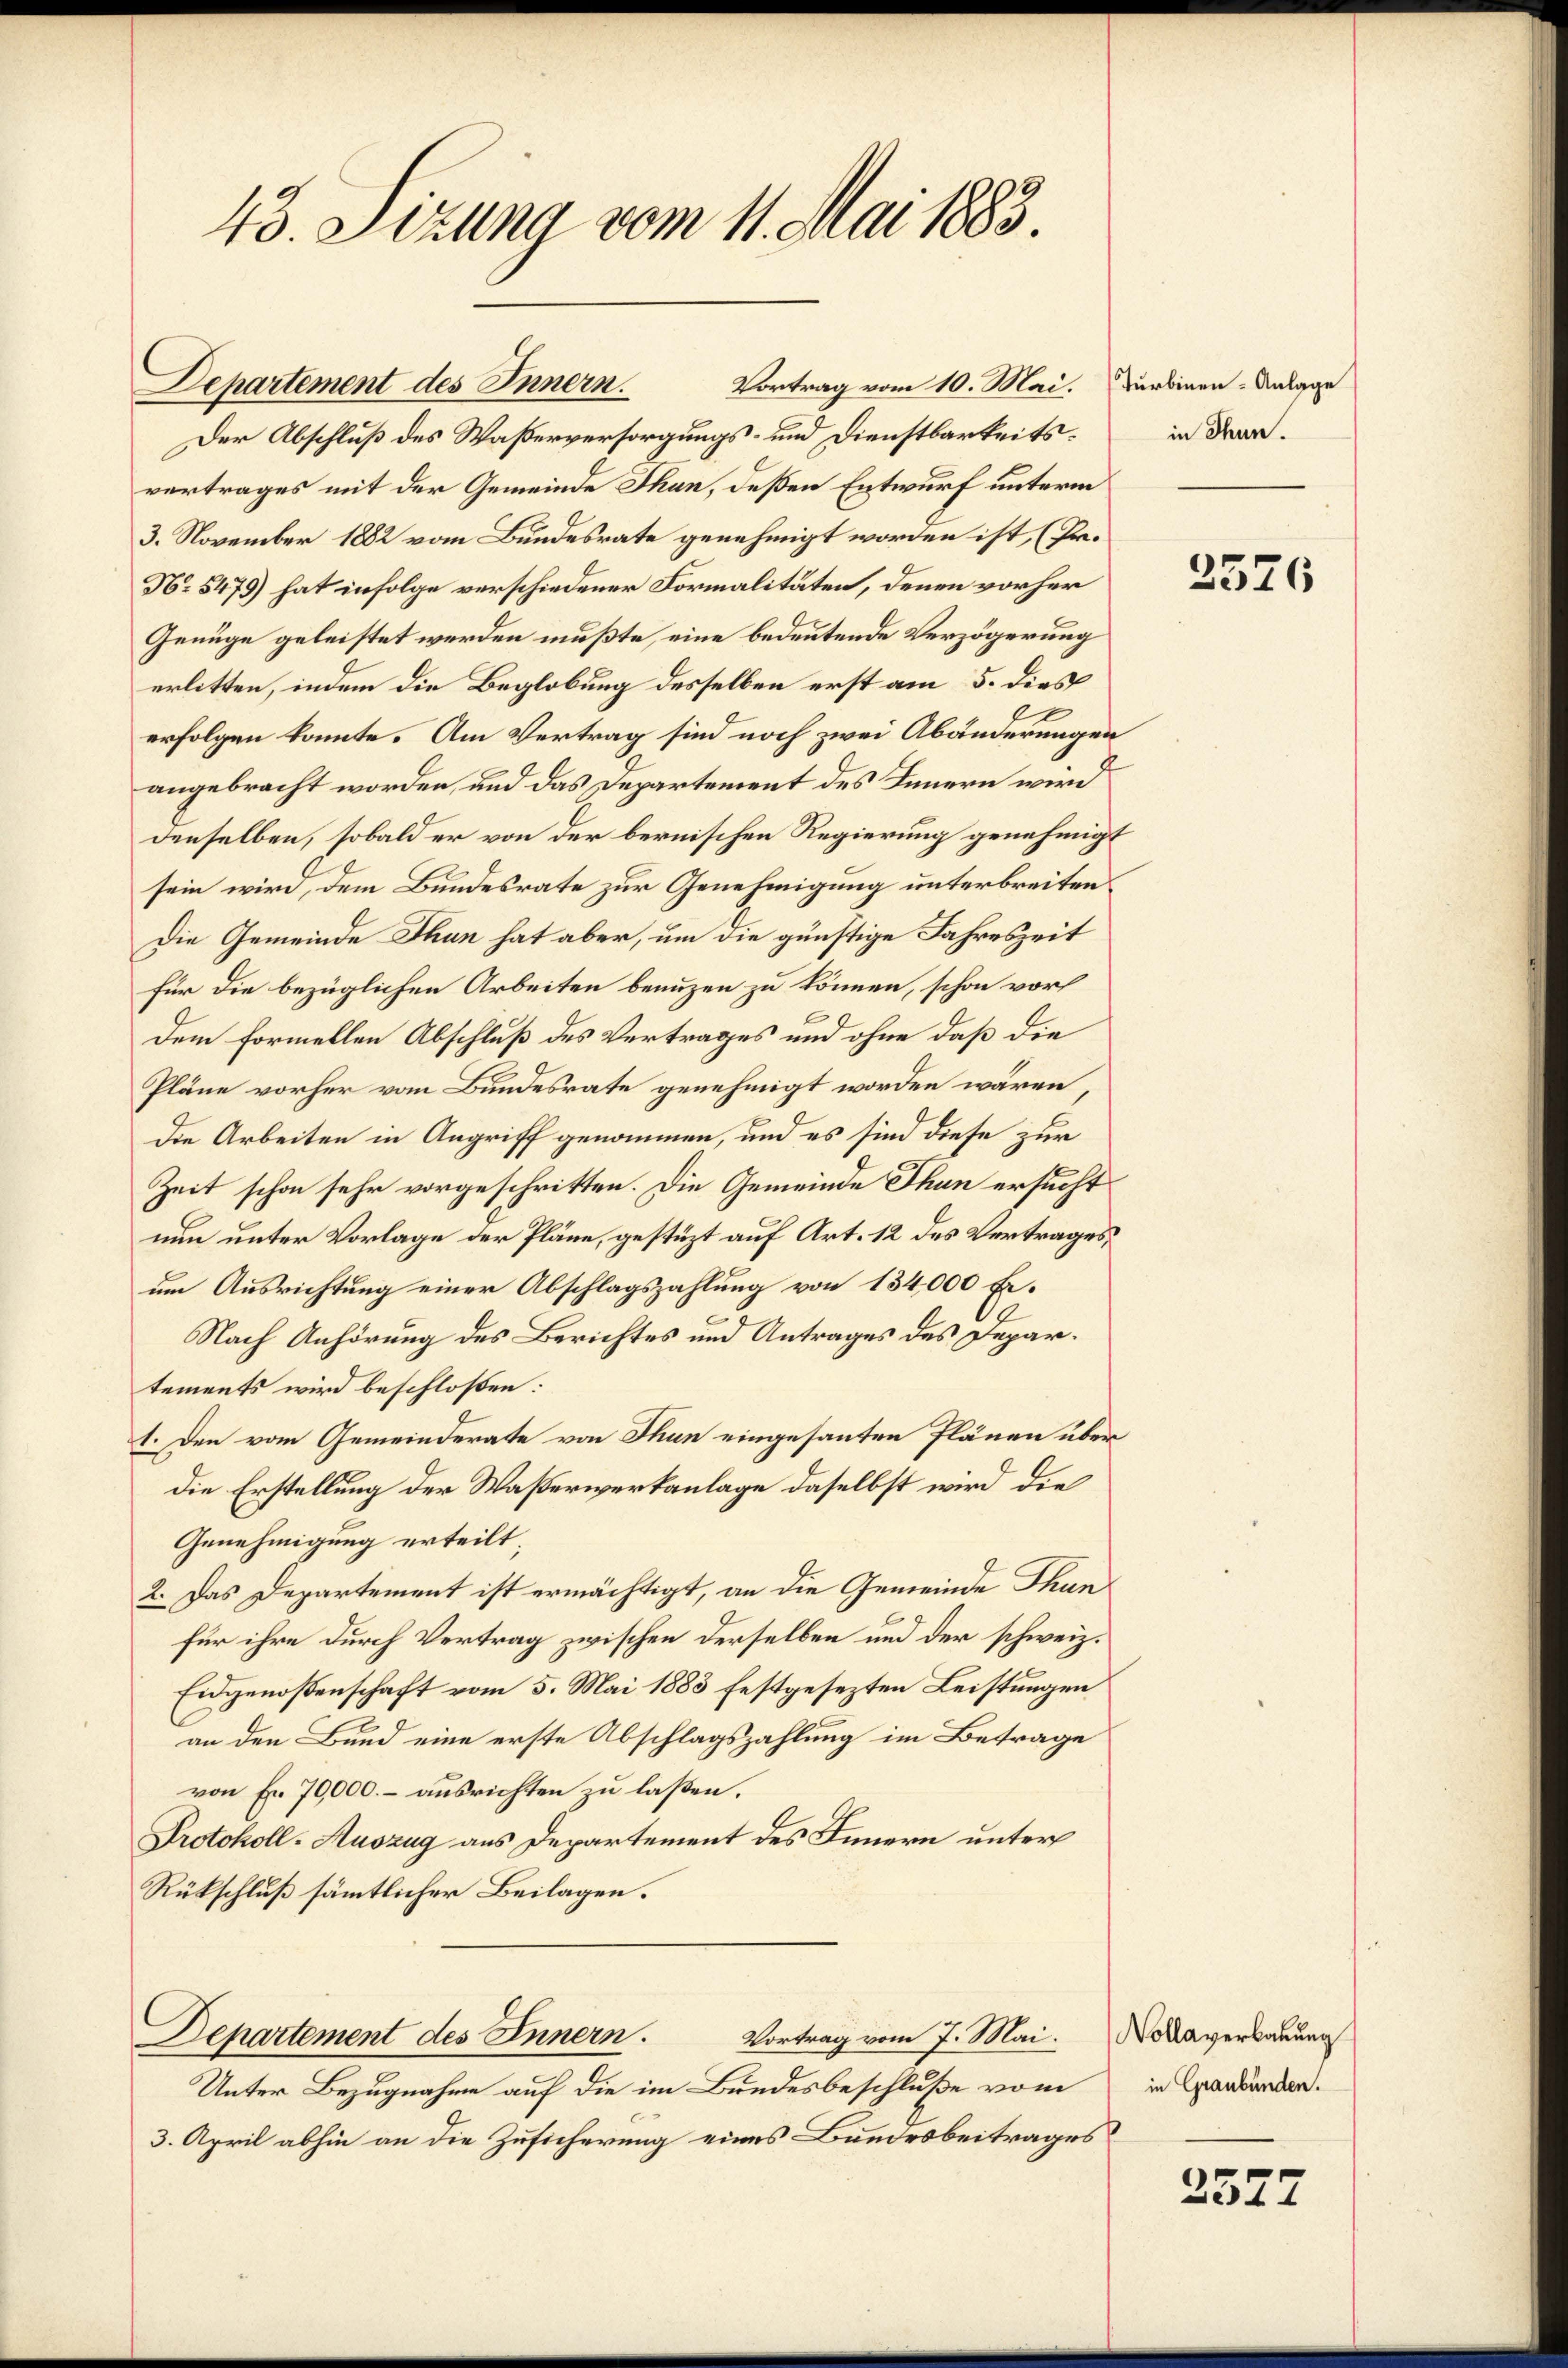
45. Sizung vom 11. Mai 1883.

Der Abschluß des Waßerversorgungs- und Dienstbarkeitsvertrages mit der Gemeinde Thun, deßen Entwurf unterm
3. November 1882 vom Bundesrate genehmigt worden ist, (Pr.
No 5479) hat infolge verschiedener Formalitäten, denen vorher
Genüge geleistet werden mußte, eine bedeutende Verzögerung
erlitten, indem die Beglobung desselben erst am 5. dies
e
erfolgen konnte. Am Vertrag sind noch zwei Abänderungen
angebracht worden, und das Departement des Innern wird
denselben, sobald er von der bernischen Regierung genehmigt
sein wird, dem Bundesrate zur Genehmigung unterbreiten¬
Die Gemeinde Thun hat aber, um die günstige Jahreszeit
für die bezüglichen Arbeiten benuzen zu können, schon vorh
Dem Formellen Abschluß des Vertrages und ohne daß die
Pläne vorher vom Bundesrate genehmigt worden wären
Die Arbeiten in Angriff genommen, und es sind diese zur
Zeit schon sehr vorgeschritten. Die Gemeinde Thun ersucht
nun unter Vorlage der Pläne, gestüzt auf Art. 12 des Vertrages,
um Ausrichtung einer Abschlagszahlung von 134,000 Fr.
Nach Anhörung des Berichtes und Antrages des Departements wird beschloßen:
1. Den vom Gemeinderate von Thun eingesanten Plänen über
Die Erstellung der Waßerwerkanlage daselbst wird die
Genehmigung erteilt
2. Das Departement ist ermächtigt, an die Gemeinde Thun
für ihre durch Vertrag zwischen derselben und der schweiz.
Eidgenoßenschaft vom 5. Mai 1883 festgesezten Leistungen
an den Bund eine erste Abschlagszahlung im Betrage
von Fr. 70,000.- ausrichten zu laßen.
Protokoll-Auszug aus Departement des Innern unter
Rükschluß sämmtlicher Beilagen.

Departement des Innern.
Vortrag vom 10. Mai. Turbinen Anlage

Unter Bezugnahme auf die im Bundesbeschluße vom
3. April abhin an die Zusicherung eines Bundesbeitrages

Departement des Innern. Vortrag vom 7. Mai.

in Thun.

2576

Nollaverbauung
in Graubünden.

2527